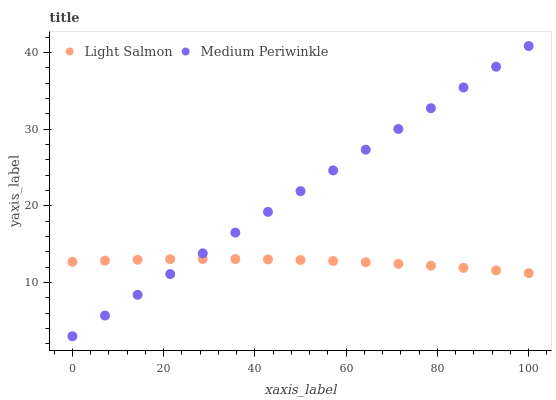
| xaxis_label | Light Salmon | Medium Periwinkle |
 | --- | --- | --- |
 | 0 | 12.7 | 3 |
 | 7.14 | 12.9 | 5.7 |
 | 14.3 | 13 | 8.41 |
 | 21.4 | 13 | 11.1 |
 | 28.6 | 13.1 | 13.8 |
 | 35.7 | 13.1 | 16.5 |
 | 42.9 | 13 | 19.2 |
 | 50 | 12.9 | 21.9 |
 | 57.1 | 12.8 | 24.6 |
 | 64.3 | 12.7 | 27.3 |
 | 71.4 | 12.4 | 30 |
 | 78.6 | 12.2 | 32.7 |
 | 85.7 | 11.9 | 35.4 |
 | 92.9 | 11.6 | 38.1 |
 | 100 | 11.2 | 40.9 |